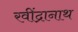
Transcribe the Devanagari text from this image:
रवींद्रानाथ